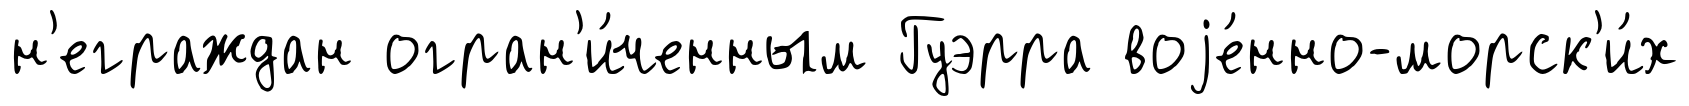
н'еграждан огран'и́ченным Гуэрра воjе́нно-морск'и́х